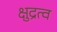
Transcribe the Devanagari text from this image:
क्षुद्रत्व